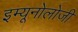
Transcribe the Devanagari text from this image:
इम्यूनोलोजी